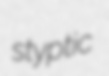
styptic